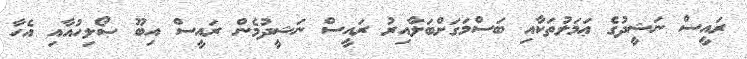
ރައީސް ނަޝީދުގެ ޢަމަލުތަކާއި ބަސްމަގަށްބަލާއިރު ރައީސް ނަޝީދުމެން ރައީސް އިބޫ ޞޯލިހުއާއި އެހާ